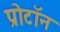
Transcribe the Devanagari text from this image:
प्रोटाॅन